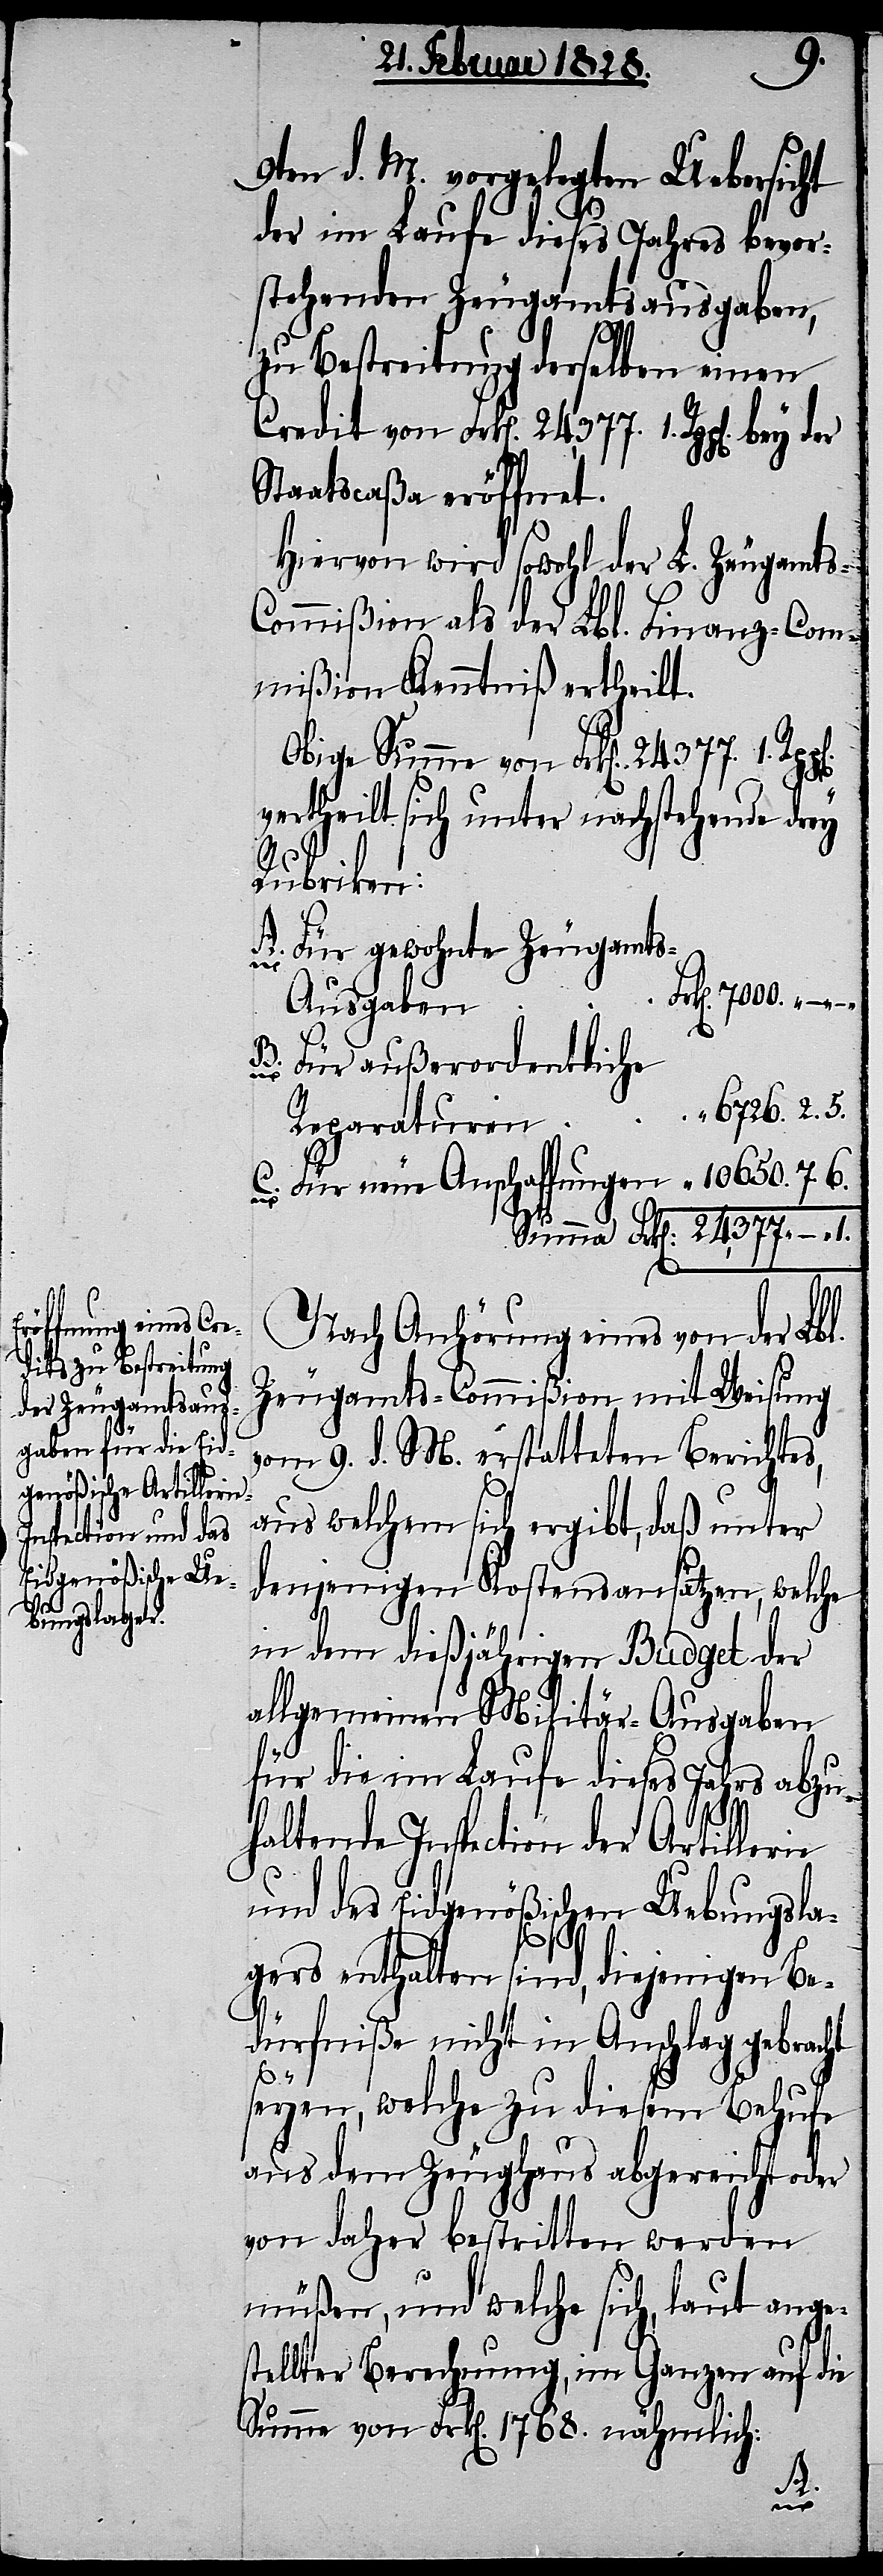
1.
6.

9ten d. M. vorgelegten Uebersicht
der im Laufe dieses Jahre bevor¬
stehenden Zeugamtsausgaben,
zu Bestreitung derselben einen
Credit von Frk[en]. 24,377. 1. Rpp[e¬
Staatscaßa eröffnet.
Hiervon wird sowohl der L. Zeugamts-C¬
ommißion als der Lbl. Finanz-Com¬
mißion Kenntniß ertheilt.
Obige Summe von Frk[en]. 24377. 1.
vertheilt sich unter nachstehende drey
Rubriken:
Für gewohnte Zeugamt¬
s-Ausgaben
Für außerordentliche
6726. 2. 5.
Reparaturen
Nach Anhörung eines von der Lbl.
Zeugamts-Commißion mit Weisung
vom 9. d. M. erstatteten Berichtes,
aus welchem sich ergibt, daß unter
denjenigen Kostenansätzen, welche
in dem dießjährigen Budget der
allgemeinen Militär-Ausgaben
für die im Laufe dieses Jahrs abzu¬
haltende Inspection der Artillerie
und des Eidgenößischen Uebungsla¬
gers enthalten sind, diejenigen Be¬
dürfniße nicht in Anschlag gebracht
10650.
seyen, welche zu diesem Behufe
aus dem Zeughaus abgereicht oder
von daher bestritten werden
müßen, und welche sich, laut ange¬
stellter Berechnung, im Ganzen auf die
Summe von Frk[en]. 1786. nähmlich:
n].
Summa